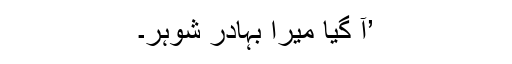
’آ گیا میرا بہادر شوہر۔